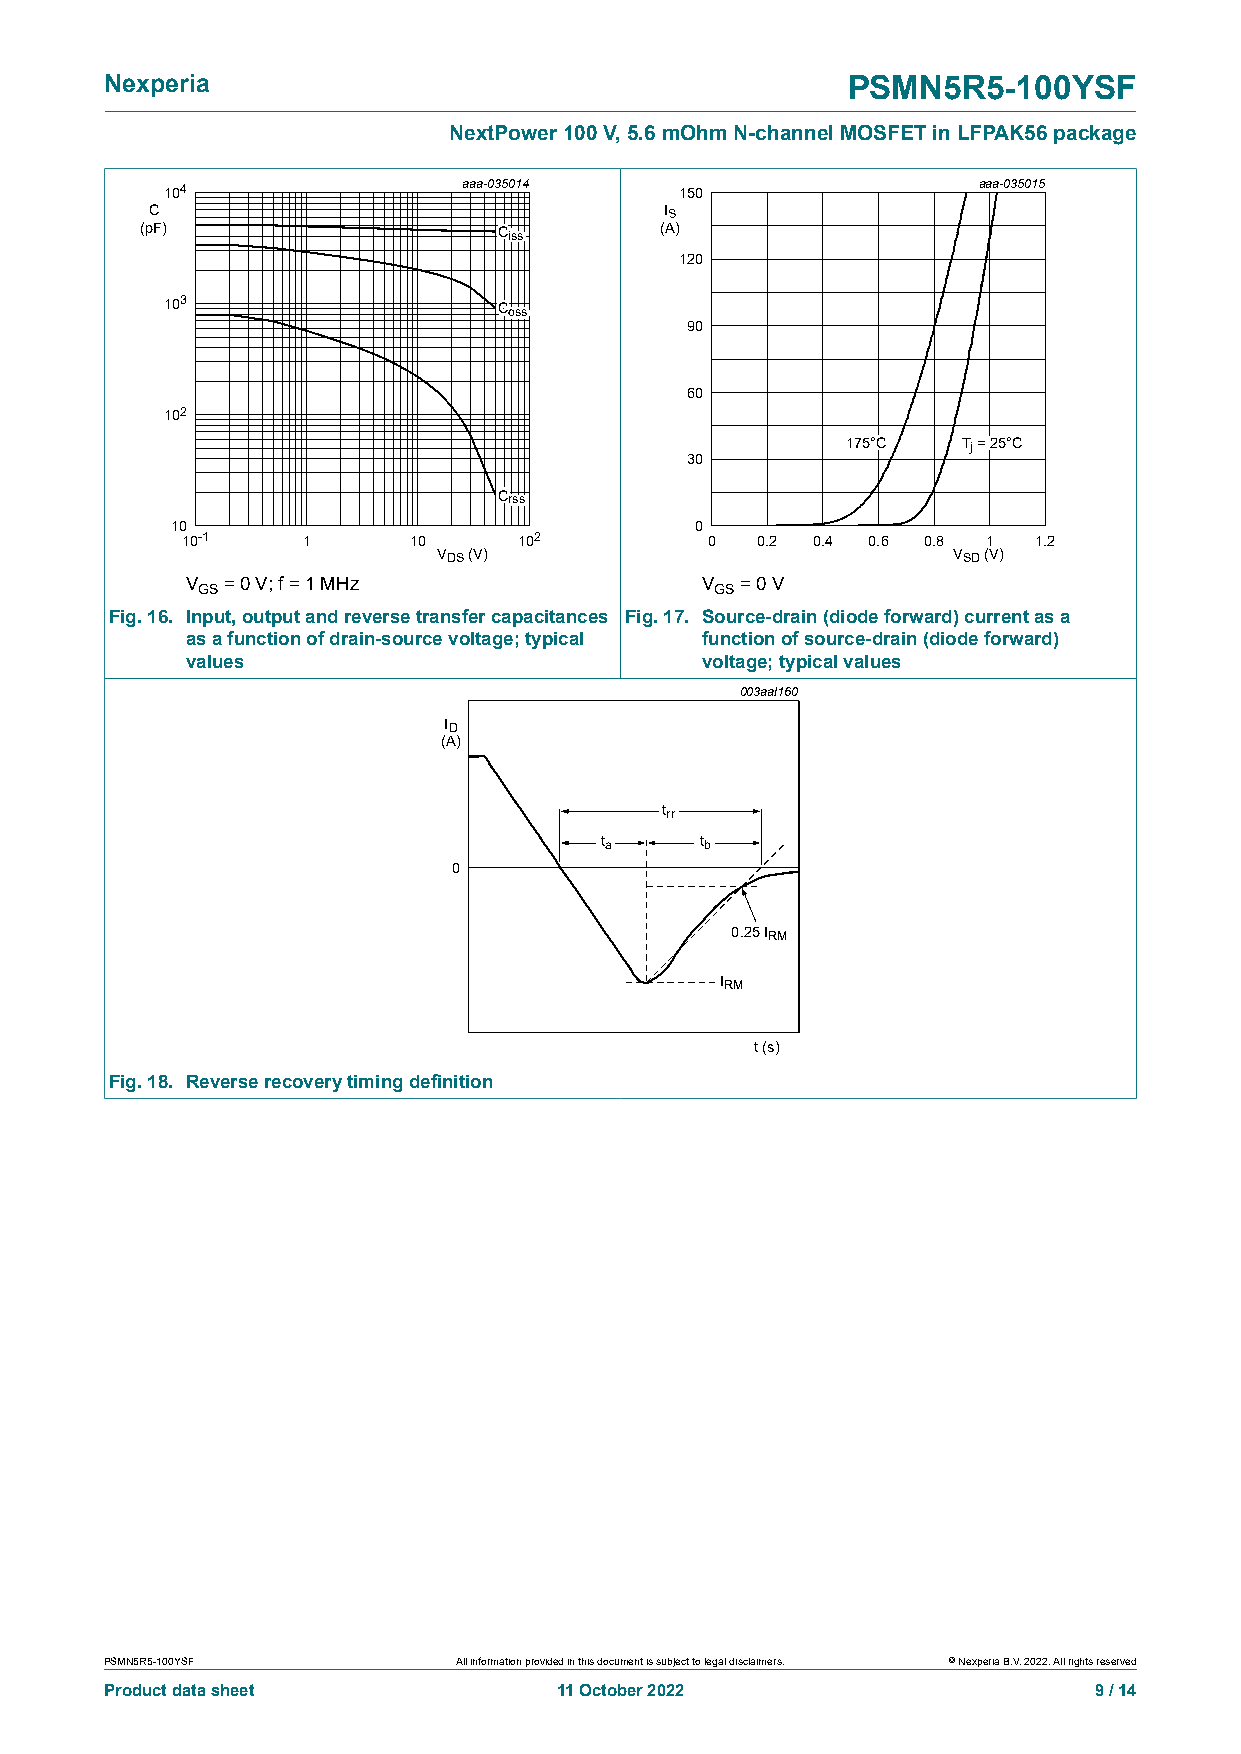
Nexperia                                         PSMN5R5-100YSF
 NextPower 100 V, 5.6 mOhm N-channel MOSFET in LFPAK56 package
 104                 aaa-035014    150                 aaa-035015
 CC                                IISS
 ((ppFF))                CCiissss   ((AA))
 120
 103
 CCoossss
 90
 60
 102
 117755°°CC TTjj == 2255°°CC
 30
 CCrrssss
 10                                 0
 10-1    1      10     102          0  0.2 0.4 0.6 0.8 1 1.2
 VDS (V)                           VSD (V)
 V  = 0 V; f = 1 MHz               V  = 0 V
 GS                                GS
 Fig. 16. Input, output and reverse transfer capacitances Fig. 17. Source-drain (diode forward) current as a
 as a function of drain-source voltage; typical function of source-drain (diode forward)
 values                            voltage; typical values
 003aal160
 ID
 (A)
 trr
 ta    tb
 0
 0.25 IRM
 IRM
 t (s)
 Fig. 18. Reverse recovery timing definition
 PSMN5R5-100YSF         All information provided in this document is subject to legal disclaimers. © Nexperia B.V. 2022. All rights reserved
 Product data sheet            11 October 2022                    9 / 14